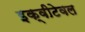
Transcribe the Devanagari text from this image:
इक्वीटेवल